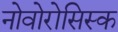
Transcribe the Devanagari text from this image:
नोवोरोसिस्क